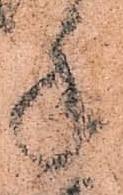
手